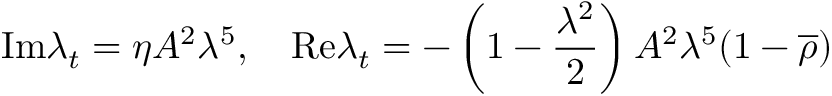
\mathrm { I m } \lambda _ { t } = \eta A ^ { 2 } \lambda ^ { 5 } , \quad \mathrm { R e } \lambda _ { t } = - \left( 1 - \frac { \lambda ^ { 2 } } { 2 } \right) A ^ { 2 } \lambda ^ { 5 } ( 1 - \overline { { { \rho } } } )